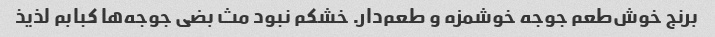
برنج خوش‌طعم جوجه خوشمزه و طعم‌دار. خشکم نبود مث بضی جوجه‌ها کبابم لذیذ